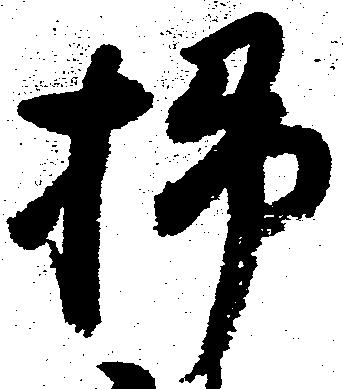
掃